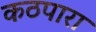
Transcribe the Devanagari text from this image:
कठपारा